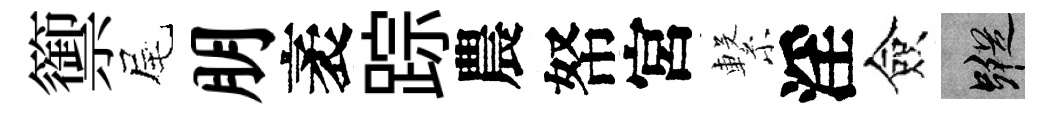
籞尾朋袤踪農帑宮繋淫僉蹤